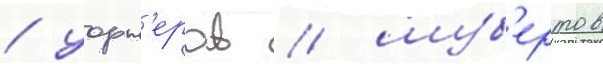
/ уорн'еров / шуб'ертов